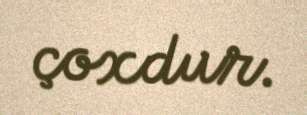
çoxdur.